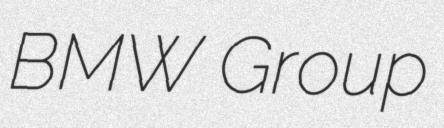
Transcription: BMW Group